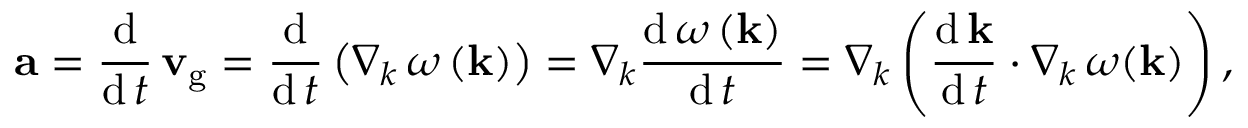
\mathbf { a } = { \frac { \operatorname { d } } { \operatorname { d } t } } \, \mathbf { v } _ { \mathrm { g } } = { \frac { \operatorname { d } } { \operatorname { d } t } } \left( \nabla _ { k } \, \omega \left( \mathbf { k } \right) \right) = \nabla _ { k } { \frac { \operatorname { d } \omega \left( \mathbf { k } \right) } { \operatorname { d } t } } = \nabla _ { k } \left( { \frac { \operatorname { d } \mathbf { k } } { \operatorname { d } t } } \cdot \nabla _ { k } \, \omega ( \mathbf { k } ) \right) ,